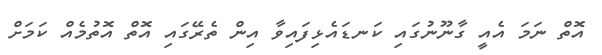
އޮތް ނަމަ އެއީ ގާނޫނުގައި ކަނޑައެޅިފައިވާ އިން ތެރޭގައި އޮތް އޮތުމެއް ކަމަށް